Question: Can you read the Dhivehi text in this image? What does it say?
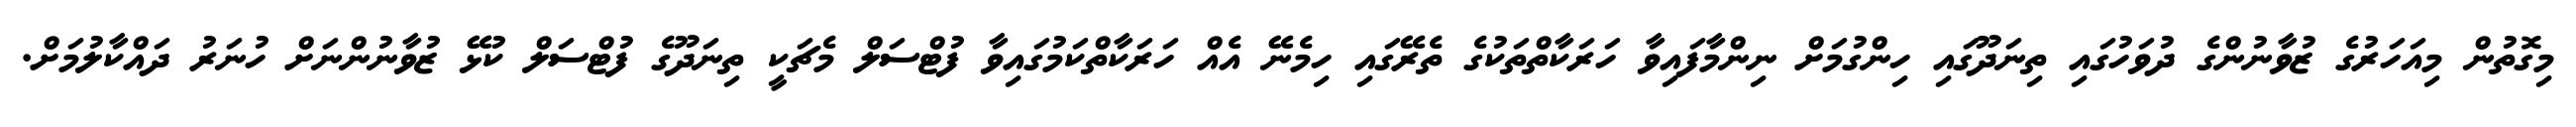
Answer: މިގޮތުން މިއަހަރުގެ ޒުވާނުންގެ ދުވަހުގައި ތިނަދޫގައި ހިންގުމަށް ނިންމާފައިވާ ހަރަކާތްތަކުގެ ތެރޭގައި ހިމެނޭ އެއް ހަރަކާތްކަމުގައިވާ ފުޓްސަލް މެޗަކީ ތިނަދޫގެ ފުޓްސަލް ކުޅޭ ޒުވާނުންނަށް ހުނަރު ދައްކާލުމަށް.